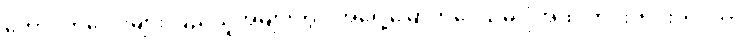
ကောင်ကလေးများ ပြည်သူအများတွင် အရှေ့မြောက်ဒေသမှ ပုံအထိ တင်းတင်းကိုင်ကာ